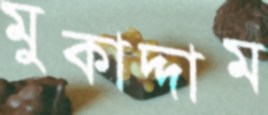
মুকাদ্দাম